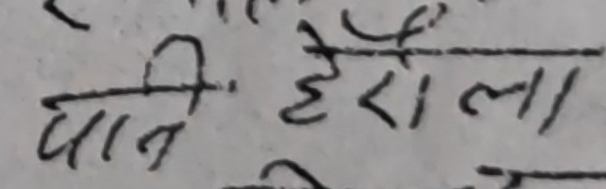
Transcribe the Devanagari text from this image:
पानी हैरोला